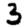
Digit: 3